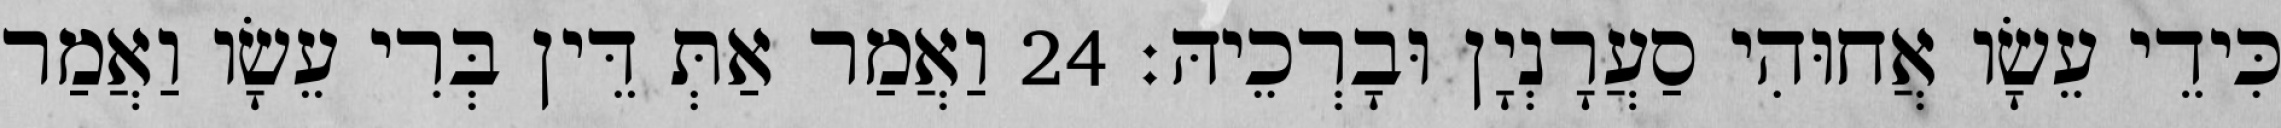
כִּידֵי עֵשָׂו אֲחוּהִי סַעֲרָנְיָן וּבָרְכֵיהּ׃ 24 וַאֲמַר אַתְּ דֵּין בְּרִי עֵשָׂו וַאֲמַר